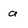
Character: a